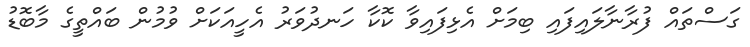
ގަސްތައް ފުރާނާލައިފައި ބިމަށް އެޅިފައިވާ ކޮކާ ހަނދުވަރު އެހީއަކަށް ވުމުން ބައްތީގެ މާބޮޑު